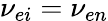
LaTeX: \nu_{ei}=\nu_{en}